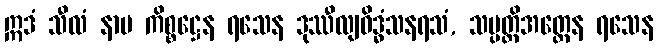
ဣဒံ သီလံ နာမ ကိစ္စဋ္ဌေန ရသေန ဒုဿီလျဝိဒ္ဓံသနရသံ, သမ္ပတ္တိအတ္ထေန ရသေန